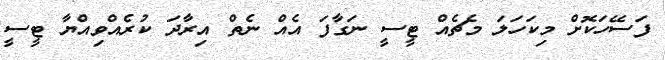
ފަސޭހަކޮށް މިކަހަލަ މެޗެއް ޓީސީ ނަގާފަ އެއް ނެތް އިރާދަ ކުރެއްވިއްޔާ ޓީސީ